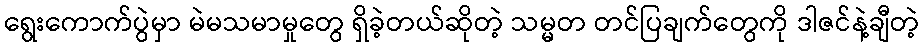
ရွေးကောက်ပွဲမှာ မဲမသမာမှုတွေ ရှိခဲ့တယ်ဆိုတဲ့ သမ္မတ တင်ပြချက်တွေကို ဒါဇင်နဲ့ချီတဲ့